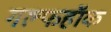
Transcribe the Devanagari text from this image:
गल्फहॉक